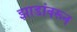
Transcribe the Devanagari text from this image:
झाडांवरून